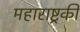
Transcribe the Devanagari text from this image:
महाराष्ट्रकी